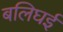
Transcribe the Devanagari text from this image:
बलिघई